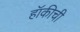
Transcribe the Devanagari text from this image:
हॉकीची